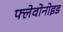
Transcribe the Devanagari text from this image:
फ्लेवोनोइड